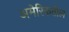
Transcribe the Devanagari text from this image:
अमेरिकतील